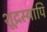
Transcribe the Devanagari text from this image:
शूद्रस्यापि